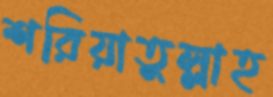
শরিয়াতুল্লাহ